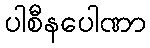
ပါစီနပေါဏာ